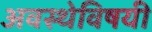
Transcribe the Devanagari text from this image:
अवस्थेविषयी